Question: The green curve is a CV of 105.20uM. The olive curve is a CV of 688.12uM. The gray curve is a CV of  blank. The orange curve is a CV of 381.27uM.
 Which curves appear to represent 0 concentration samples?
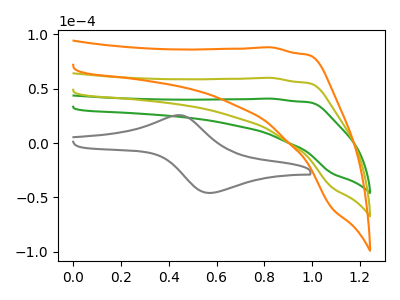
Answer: <think>The green curve "105.20uM" has no peaks. The olive curve "688.12uM" has no peaks. The gray curve " blank" has an anodic peak at (0.45V, 25.70uA) and a cathodic peak at (0.55V, -45.95uA). The orange curve "381.27uM" has no peaks.</think>
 <answer>"105.20uM", "688.12uM" and "381.27uM" are likely to be blanks.</answer>
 <eval>"105.20uM", "688.12uM", "381.27uM"</eval>